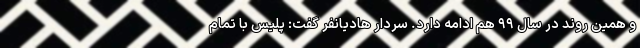
و همین روند در سال ۹۹ هم ادامه دارد. سردار هادیانفر گفت: پلیس با تمام